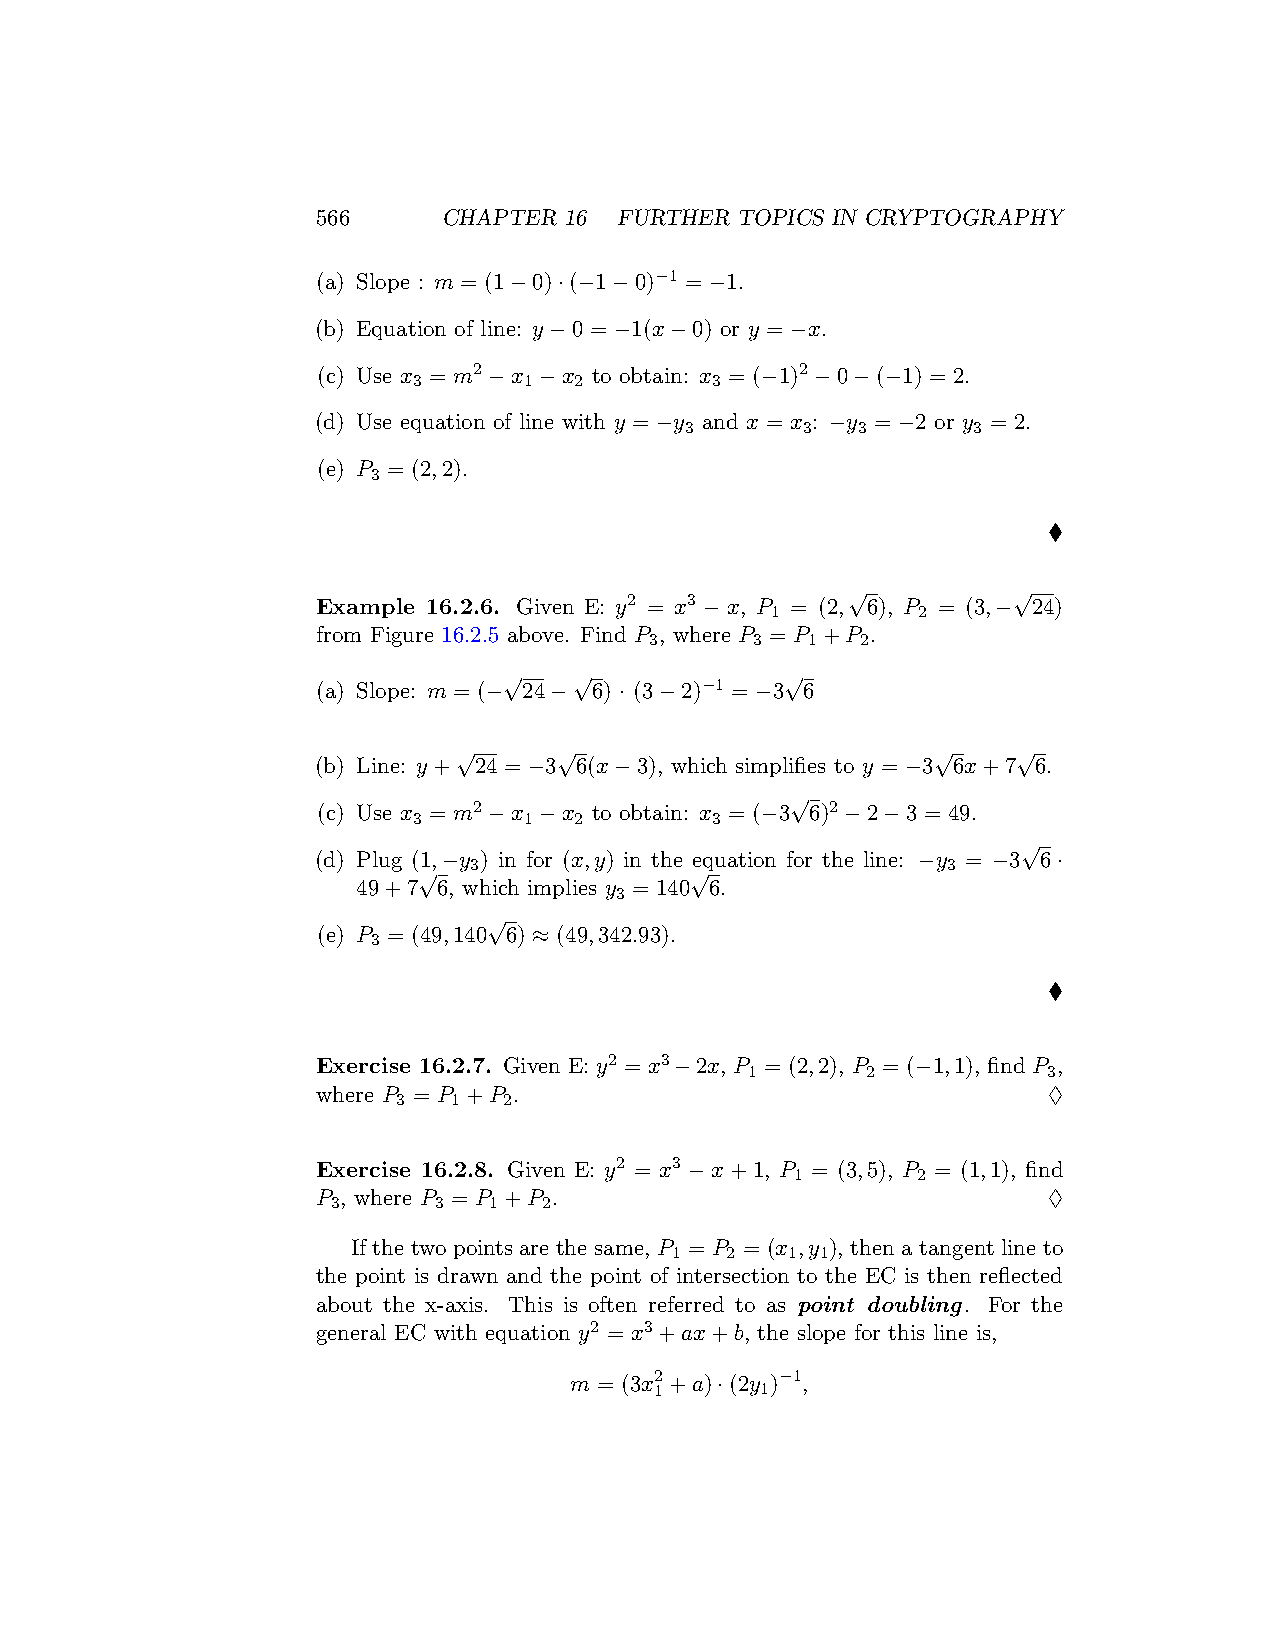
566     CHAPTER 16  FURTHER TOPICS IN CRYPTOGRAPHY
 (a) Slope : m = (1−0)·(−1−0)−1 = −1.
 (b) Equation of line: y−0 = −1(x−0) or y = −x.
 (c) Use x = m2−x −x to obtain: x = (−1)2−0−(−1) = 2.
 3       1  2        3
 (d) Use equation of line with y = −y and x = x : −y = −2 or y = 2.
 3       3   3      3
 (e) P = (2,2).
 3
 ♦
 √          √
 Example 16.2.6. Given E: y2 = x3 − x, P = (2, 6), P = (3,− 24)
 1         2
 from Figure 16.2.5 above. Find P , where P = P +P .
 3      3  1   2
 √    √             √
 (a) Slope: m = (− 24− 6) · (3−2)−1 = −3 6
 √      √                        √    √
 (b) Line: y+ 24 = −3 6(x−3), which simplifies to y = −3 6x+7 6.
 √
 (c) Use x = m2−x −x to obtain: x = (−3 6)2−2−3 = 49.
 3       1  2        3
 √
 (d) Plug (1,−y ) in for (x,y) in the equation for the line: −y = −3 6·
 √  3              √                3
 49+7 6, which implies y = 140 6.
 3
 √
 (e) P = (49,140 6) ≈ (49,342.93).
 3
 ♦
 Exercise 16.2.7. Given E: y2 = x3−2x, P = (2,2), P = (−1,1), find P ,
 1      2           3
 where P = P +P .                                ♢
 3   1  2
 Exercise 16.2.8. Given E: y2 = x3 −x+1, P = (3,5), P = (1,1), find
 1       2
 P , where P = P +P .                            ♢
 3      3  1   2
 If the two points are the same, P = P = (x ,y ), then a tangent line to
 1   2   1 1
 the point is drawn and the point of intersection to the EC is then reflected
 about the x-axis. This is often referred to as point doubling. For the
 general EC with equation y2 = x3+ax+b, the slope for this line is,
 m = (3x2+a)·(2y )−1,
 1      1